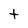
Character: t